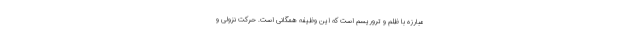
مبارزه با ظلم و تروریسم است که این وظیفه همگانی است. حرکت نزولی و